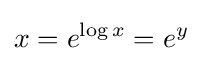
x=e^{\operatorname {log} x}=e^{y}